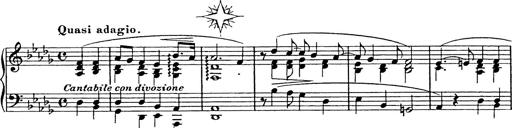
Title: Consolations
Composer: Franz Liszt